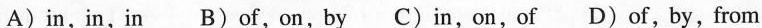
A)in,in,in B)of,on,by C)in,on,of D)of, by, from